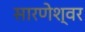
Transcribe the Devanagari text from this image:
सारणेश्वर